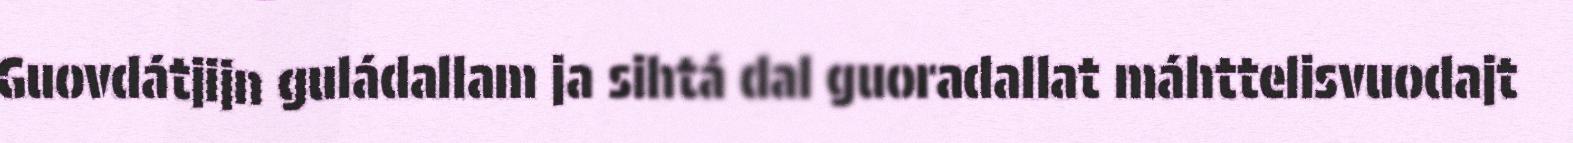
Guovdátjijn guládallam ja sihtá dal guoradallat máhttelisvuodajt